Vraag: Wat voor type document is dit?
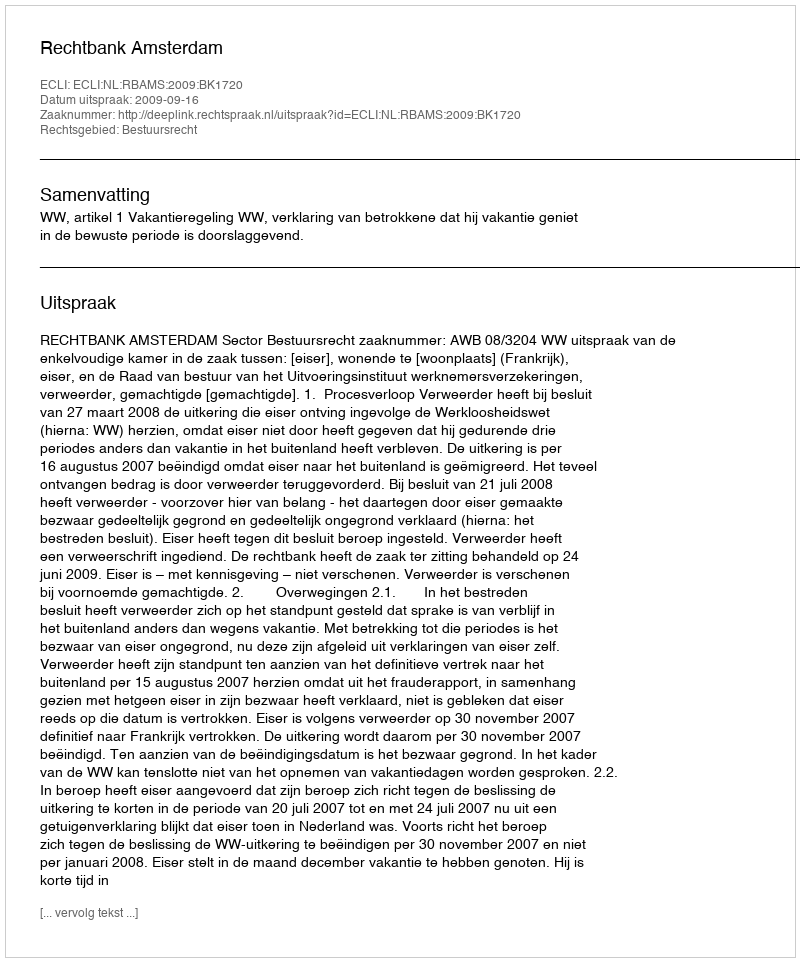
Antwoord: Uitspraak